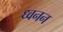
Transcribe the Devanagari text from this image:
ध्वनन